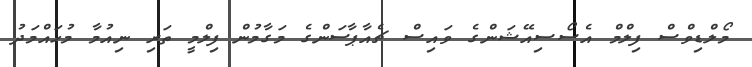
މޯލްޑިވްސް ފިލްމް އެސޯސިއޭޝަންގެ ވައިސް ޗެއާޕާސަންގެ މަގާމުން ފިލްމީ ތަރި ނިއުމާ މުހައްމަދު